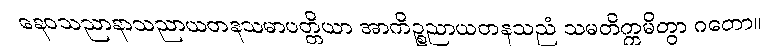
နေဝသညာနာသညာယတနသမာပတ္တိယာ အာကိဉ္စညာယတနသညံ သမတိက္ကမိတွာ ဂတော။